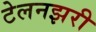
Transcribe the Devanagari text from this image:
टेलनझरी